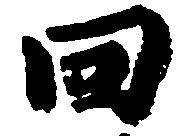
回